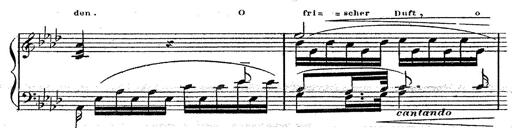
Title: 12 Lieder von Franz Schubert
Composer: Franz Liszt